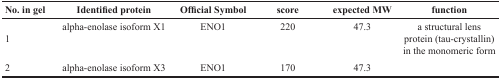
| No. in gel | Identified protein | Official Symbol | score | expected MW | function |
 | --- | --- | --- | --- | --- | --- |
 | 1 | alpha-enolase isoform X1 | ENO1 | 220 | 47.3 | a structural lens protein (tau-crystallin) in the monomeric form |
 | 2 | alpha-enolase isoform X3 | ENO1 | 170 | 47.3 |  |